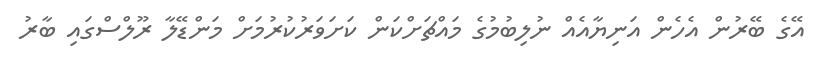
އޭގެ ބޭރުން އެހެން އަނިޔާއެއް ނުލިބުމުގެ މައްޗަށްކަން ކަށަވަރުކުރުމަށް މަންޑޭލާ ރޫލްސްގައި ބާރު